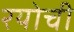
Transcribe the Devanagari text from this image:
रयोची